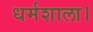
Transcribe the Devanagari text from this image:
धर्मशाला।